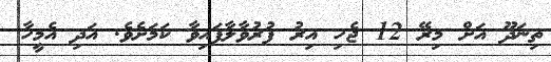
ތިނަދޫ އަށް މިރޭ 12 ޖެހި އިރު ފުރުވާލާފައިވާ ކަމަށެވެ. އަދި އެމީހާ